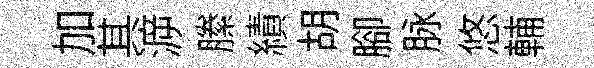
加其㴑縢績胡腳脉悠輔